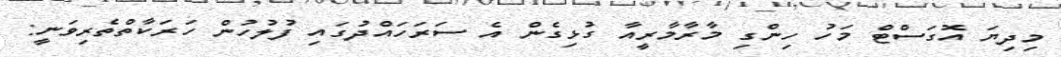
މިދިޔަ އޮގަސްޓް މަހު ހިންގި މާރާމާރީއާ ގުޅިގެން އެ ސަރަހައްދުގައި ފުލުހުން ހަރަކާތްތެރިވަނީ: